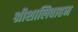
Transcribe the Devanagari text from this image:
श्रीशालिवाहन